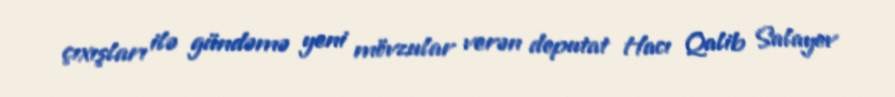
çıxışları ilə gündəmə yeni mövzular verən deputat Hacı Qalib Salayev